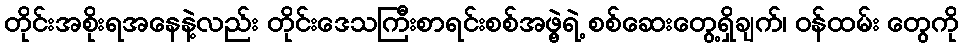
တိုင်းအစိုးရအနေနဲ့လည်း တိုင်းဒေသကြီးစာရင်းစစ်အဖွဲ့ရဲ့ စစ်ဆေးတွေ့ရှိချက်၊ ဝန်ထမ်း တွေကို